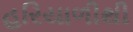
હરિયાળીથી